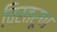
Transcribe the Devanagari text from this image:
चिरतरूण